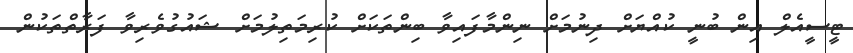
ޓީސީއެލް އިން ބުނީ ކުއްޔަށް ދިނުމަށް ނިންމާފައިވާ ބިންތަކަށް ކުރިމަތިލުމަށް ޝައުގުވެރިވާ ފަރާތްތަކުން